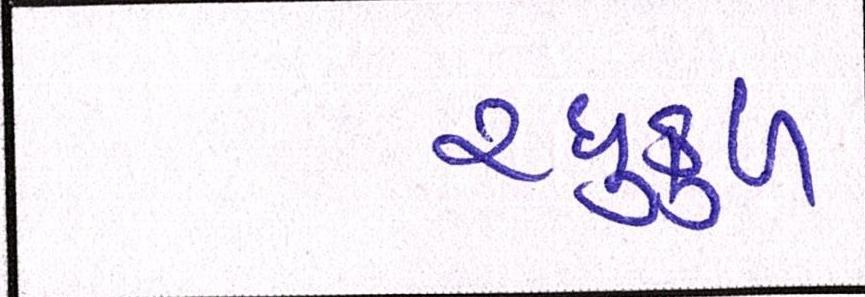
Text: રઘુકુળ